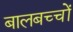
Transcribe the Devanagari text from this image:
बालबच्चों